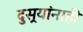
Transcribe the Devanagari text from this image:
दुसर्‍यांनाही